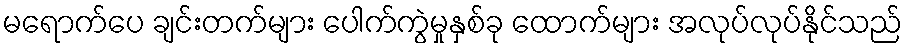
မရောက်ပေ ချင်းတက်များ ပေါက်ကွဲမှုနှစ်ခု ထောက်များ အလုပ်လုပ်နိုင်သည်